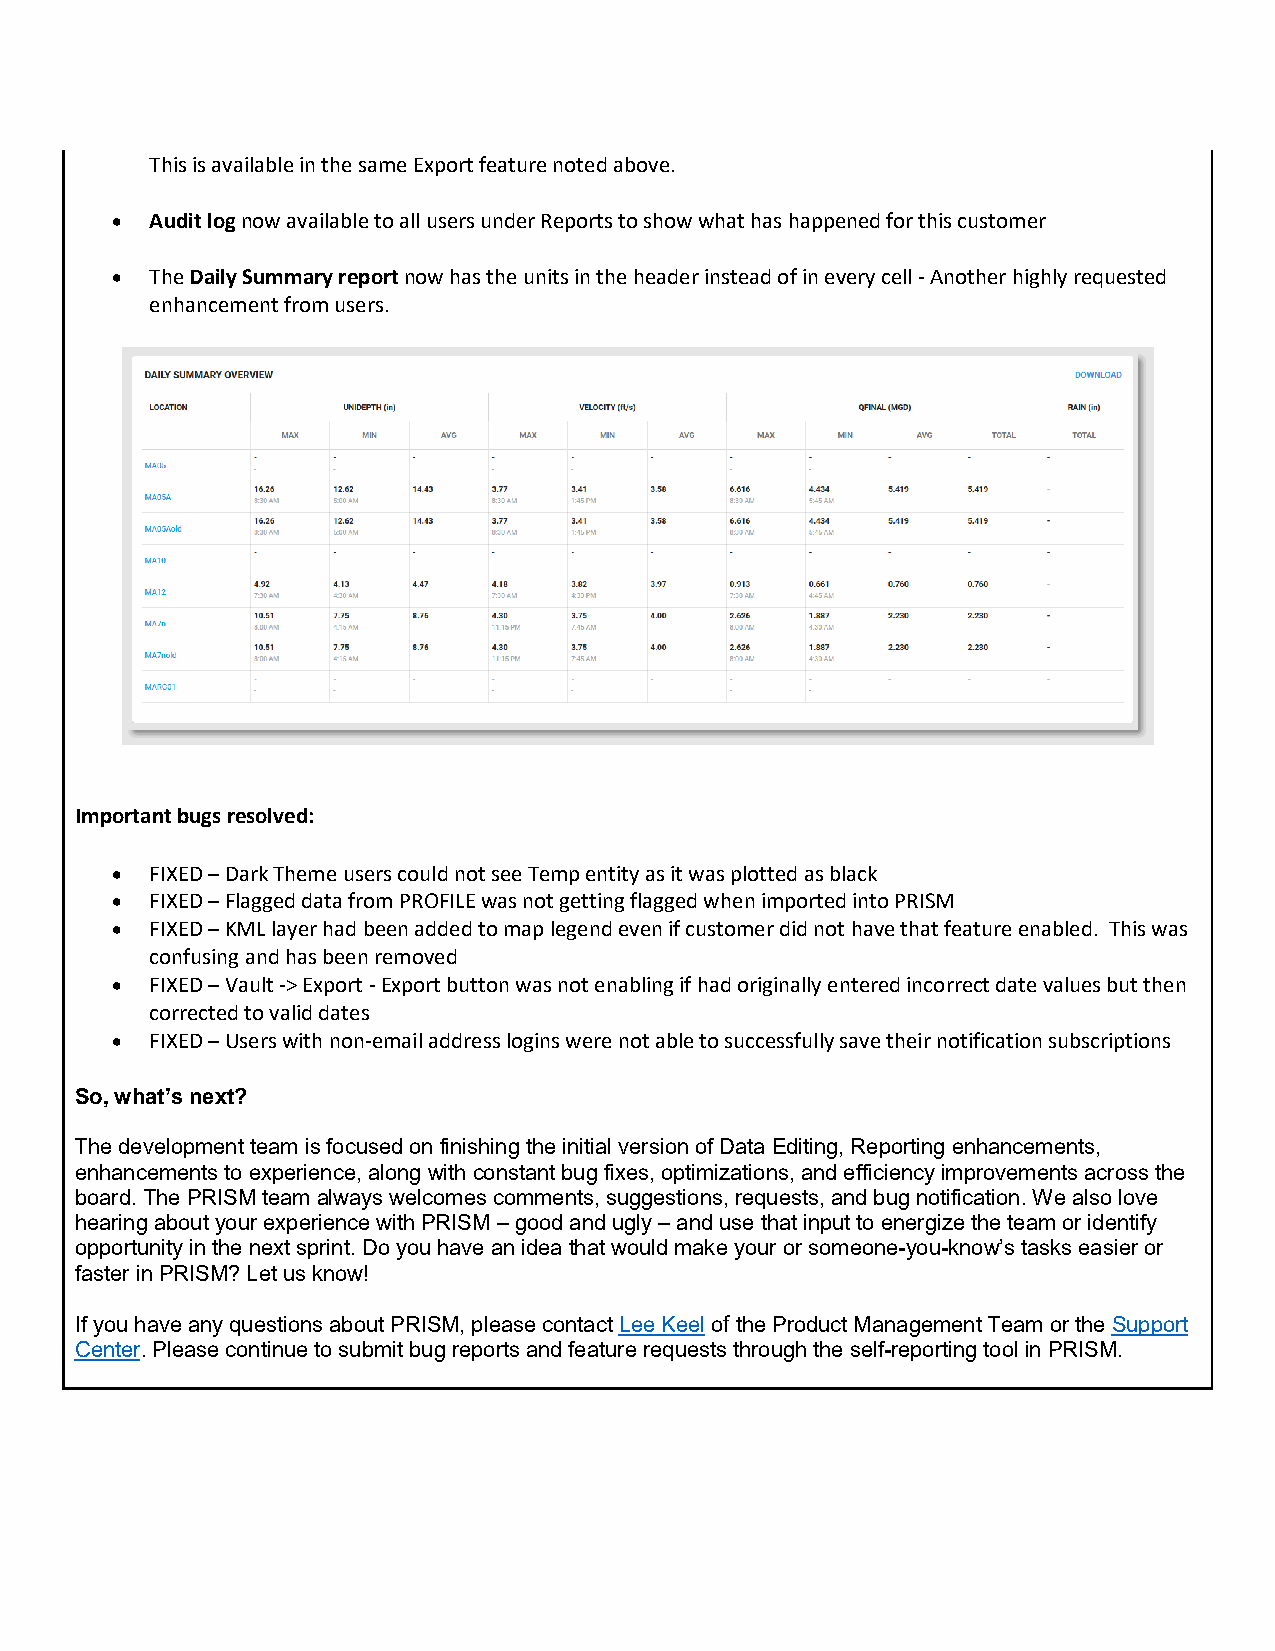
This is available in the same Export feature noted above.
 •  Audit log now available to all users under Reports to show what has happened for this customer
 •  The Daily Summary report now has the units in the header instead of in every cell - Another highly requested
 enhancement from users.
 Important bugs resolved:
 •  FIXED – Dark Theme users could not see Temp entity as it was plotted as black
 •  FIXED – Flagged data from PROFILE was not getting flagged when imported into PRISM
 •  FIXED – KML layer had been added to map legend even if customer did not have that feature enabled. This was
 confusing and has been removed
 •  FIXED – Vault -> Export - Export button was not enabling if had originally entered incorrect date values but then
 corrected to valid dates
 •  FIXED – Users with non-email address logins were not able to successfully save their notification subscriptions
 So, what’s next?
 The development team is focused on finishing the initial version of Data Editing, Reporting enhancements,
 enhancements to experience, along with constant bug fixes, optimizations, and efficiency improvements across the
 board. The PRISM team always welcomes comments, suggestions, requests, and bug notification. We also love
 hearing about your experience with PRISM – good and ugly – and use that input to energize the team or identify
 opportunity in the next sprint. Do you have an idea that would make your or someone-you-know’s tasks easier or
 faster in PRISM? Let us know!
 If you have any questions about PRISM, please contact Lee Keel of the Product Management Team or the Support
 Center. Please continue to submit bug reports and feature requests through the self-reporting tool in PRISM.